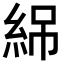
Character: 𬗏